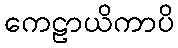
ကေဠာယိကာပိ